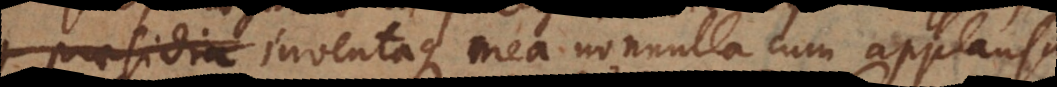
, inventaque mea nonnulla cum applausu